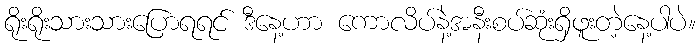
ရိုးရိုးသားသားပြောရရင် ဒီနေ့ဟာ ကောလိပ်နဲ့အနီးစပ်ဆုံးရှိဖူးတဲ့နေ့ပါပဲ။